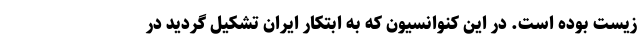
زیست بوده است. در این کنوانسیون که به ابتکار ایران تشکیل گردید در